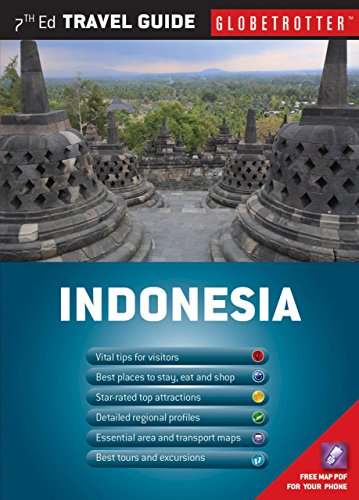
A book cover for Indonesia Travel Pack (Globetrotter Travel Packs); Janet Cochrane; Travel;